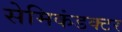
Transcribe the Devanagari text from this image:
सेमिकंडक्‍टर